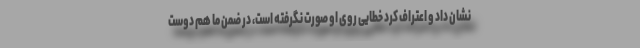
نشان داد و اعتراف کرد خطایی روی او صورت نگرفته است، در ضمن ما هم دوست